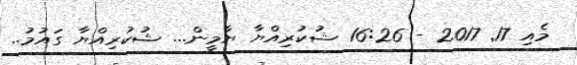
މެއި 17